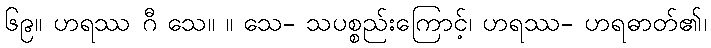
၆၉။ ဟရဿ ဂီ သေ။ ။ သေ- သပစ္စည်းကြောင့်၊ ဟရဿ- ဟရဓာတ်၏၊